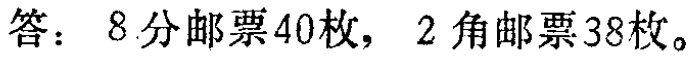
答：8分邮票40枚，2角邮票38枚。